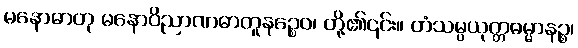
မနောဓာတု မနောဝိညာဏဓာတူနဉ္စေဝ၊ တို့၏၎င်း။ တံသမ္ပယုတ္တဓမ္မာနဉ္စ၊